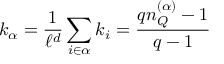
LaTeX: k _ { \alpha } = \frac { 1 } { \ell ^ { d } } \sum _ { i \in \alpha } k _ { i } = \frac { q n _ { Q } ^ { ( \alpha ) } - 1 } { q - 1 }